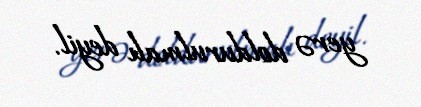
yerə doldurulmalı deyil.